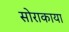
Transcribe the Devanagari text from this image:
सोराकाया